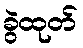
ခွဲထုတ်